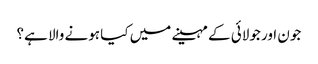
جون اور جولائی کے مہینے میں کیا ہونے والا ہے؟